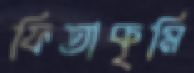
ফিতাকৃমি